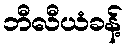
ဘီလီယံခန့်